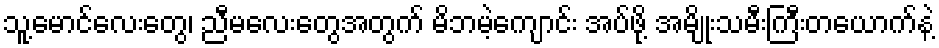
သူ့မောင်လေးတွေ၊ ညီမလေးတွေအတွက် မိဘမဲ့ကျောင်း အပ်ဖို့ အမျိုးသမီးကြီးတယောက်နဲ့